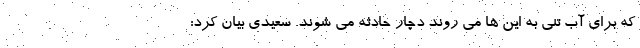
که برای آب تنی به این ها می روند دچار حادثه می شوند. سعیدی بیان کرد: